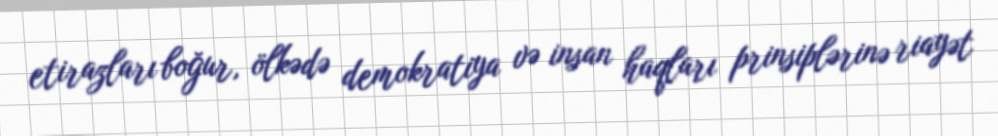
etirazları boğur, ölkədə demokratiya və insan haqları prinsiplərinə riayət